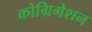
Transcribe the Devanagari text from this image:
कोग्रिगेशन